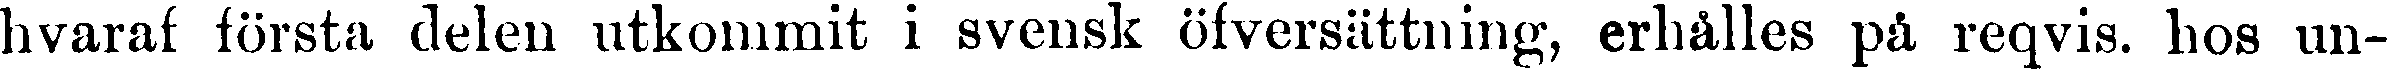
hvaraf första delen utkommit i svensk öfversättning, erhålles på reqvis. hos un-